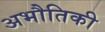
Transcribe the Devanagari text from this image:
अभौतिकी